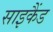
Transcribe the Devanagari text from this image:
साइकैंड